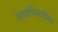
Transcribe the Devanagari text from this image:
वश्याभिसारिका